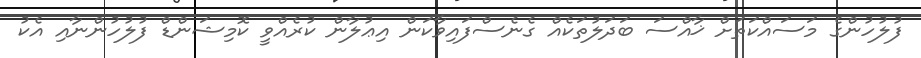
ފުލުހުންގެ މަސައްކަތަށް ޚާއްސަ ބަދަލުތަކެއް ގެނެސްފައިވާކަން އިޢުލާން ކުރެއްވީ ކޮމިިޝަންޑް ފުލުހުންނާއި އެކު